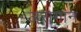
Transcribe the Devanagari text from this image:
अरागान